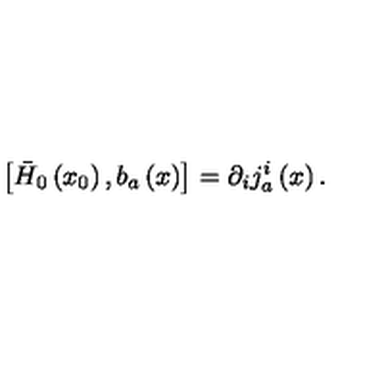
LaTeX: \left[ \bar { H } _ { 0 } \left( x _ { 0 } \right) , b _ { a } \left( x \right) \right] = \partial _ { i } j _ { a } ^ { i } \left( x \right) .